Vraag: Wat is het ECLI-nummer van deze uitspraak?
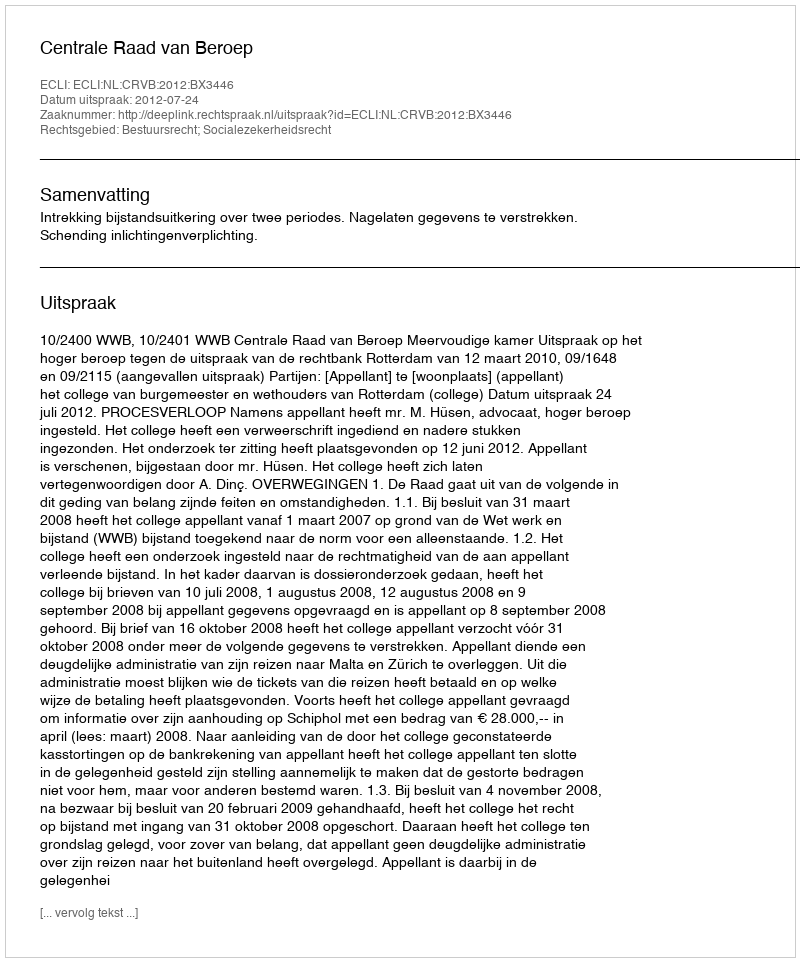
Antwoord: ECLI:NL:CRVB:2012:BX3446